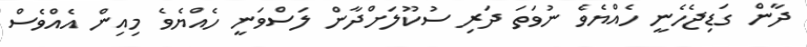
ދާން ގަޑިޖެހެނީ ހެއްޔެވެ ނުވަތަ ދަރި ސުކޫލަށްދާން ލަސްވަނީ ހެއްޔެވެ މިއިން އެއްވެސް